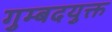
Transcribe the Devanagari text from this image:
गुम्बदयुक्त